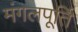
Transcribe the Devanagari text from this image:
मंगलपूर्ति